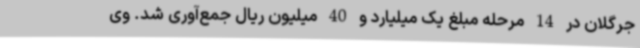
جرگلان در 14 مرحله مبلغ یک میلیارد و 40 میلیون ریال جمع‌آوری شد. وی